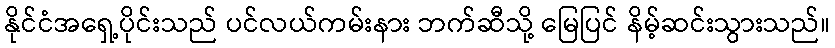
နိုင်ငံအရှေ့ပိုင်းသည် ပင်လယ်ကမ်းနား ဘက်ဆီသို့ မြေပြင် နိမ့်ဆင်းသွားသည်။